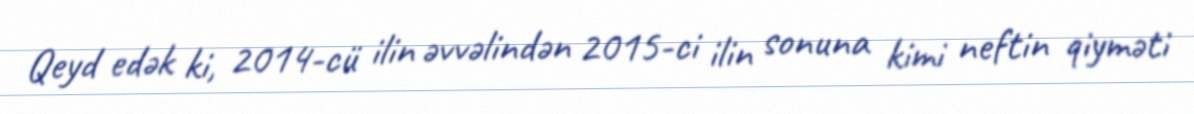
Qeyd edək ki, 2014-cü ilin əvvəlindən 2015-ci ilin sonuna kimi neftin qiyməti